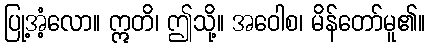
ပြု့အံ့လော။ ဣတိ၊ ဤသို့။ အဝေါစ၊ မိန်တော်မူ၏။